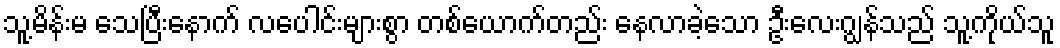
သူ့မိန်းမ သေပြီးနောက် လပေါင်းများစွာ တစ်ယောက်တည်း နေလာခဲ့သော ဦးလေးဂျွန်သည် သူ့ကိုယ်သူ